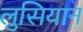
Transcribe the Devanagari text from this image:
लुसियान